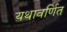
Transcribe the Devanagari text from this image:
यथावर्णित